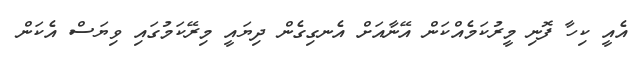
އެއީ ކިހާ ފޮނި މީރުކަމެއްކަން އޭނާއަށް އެނގިގެން ދިޔައީ މިރޭކަމުގައި ވިޔަސް އެކަން